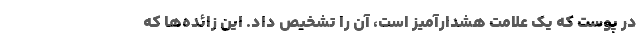
در پوست که یک علامت هشدارآمیز است، آن را تشخیص داد. این زائده‌ها که